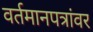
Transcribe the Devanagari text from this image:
वर्तमानपत्रांवर